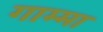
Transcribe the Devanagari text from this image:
गाम्मा